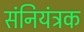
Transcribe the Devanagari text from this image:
संनियंत्रक